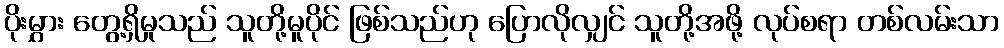
ပိုးမွှား တွေ့ရှိမှုသည် သူတို့မူပိုင် ဖြစ်သည်ဟု ပြောလိုလျှင် သူတို့အဖို့ လုပ်စရာ တစ်လမ်းသာ